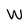
Character: W